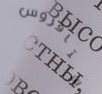
ستافروس